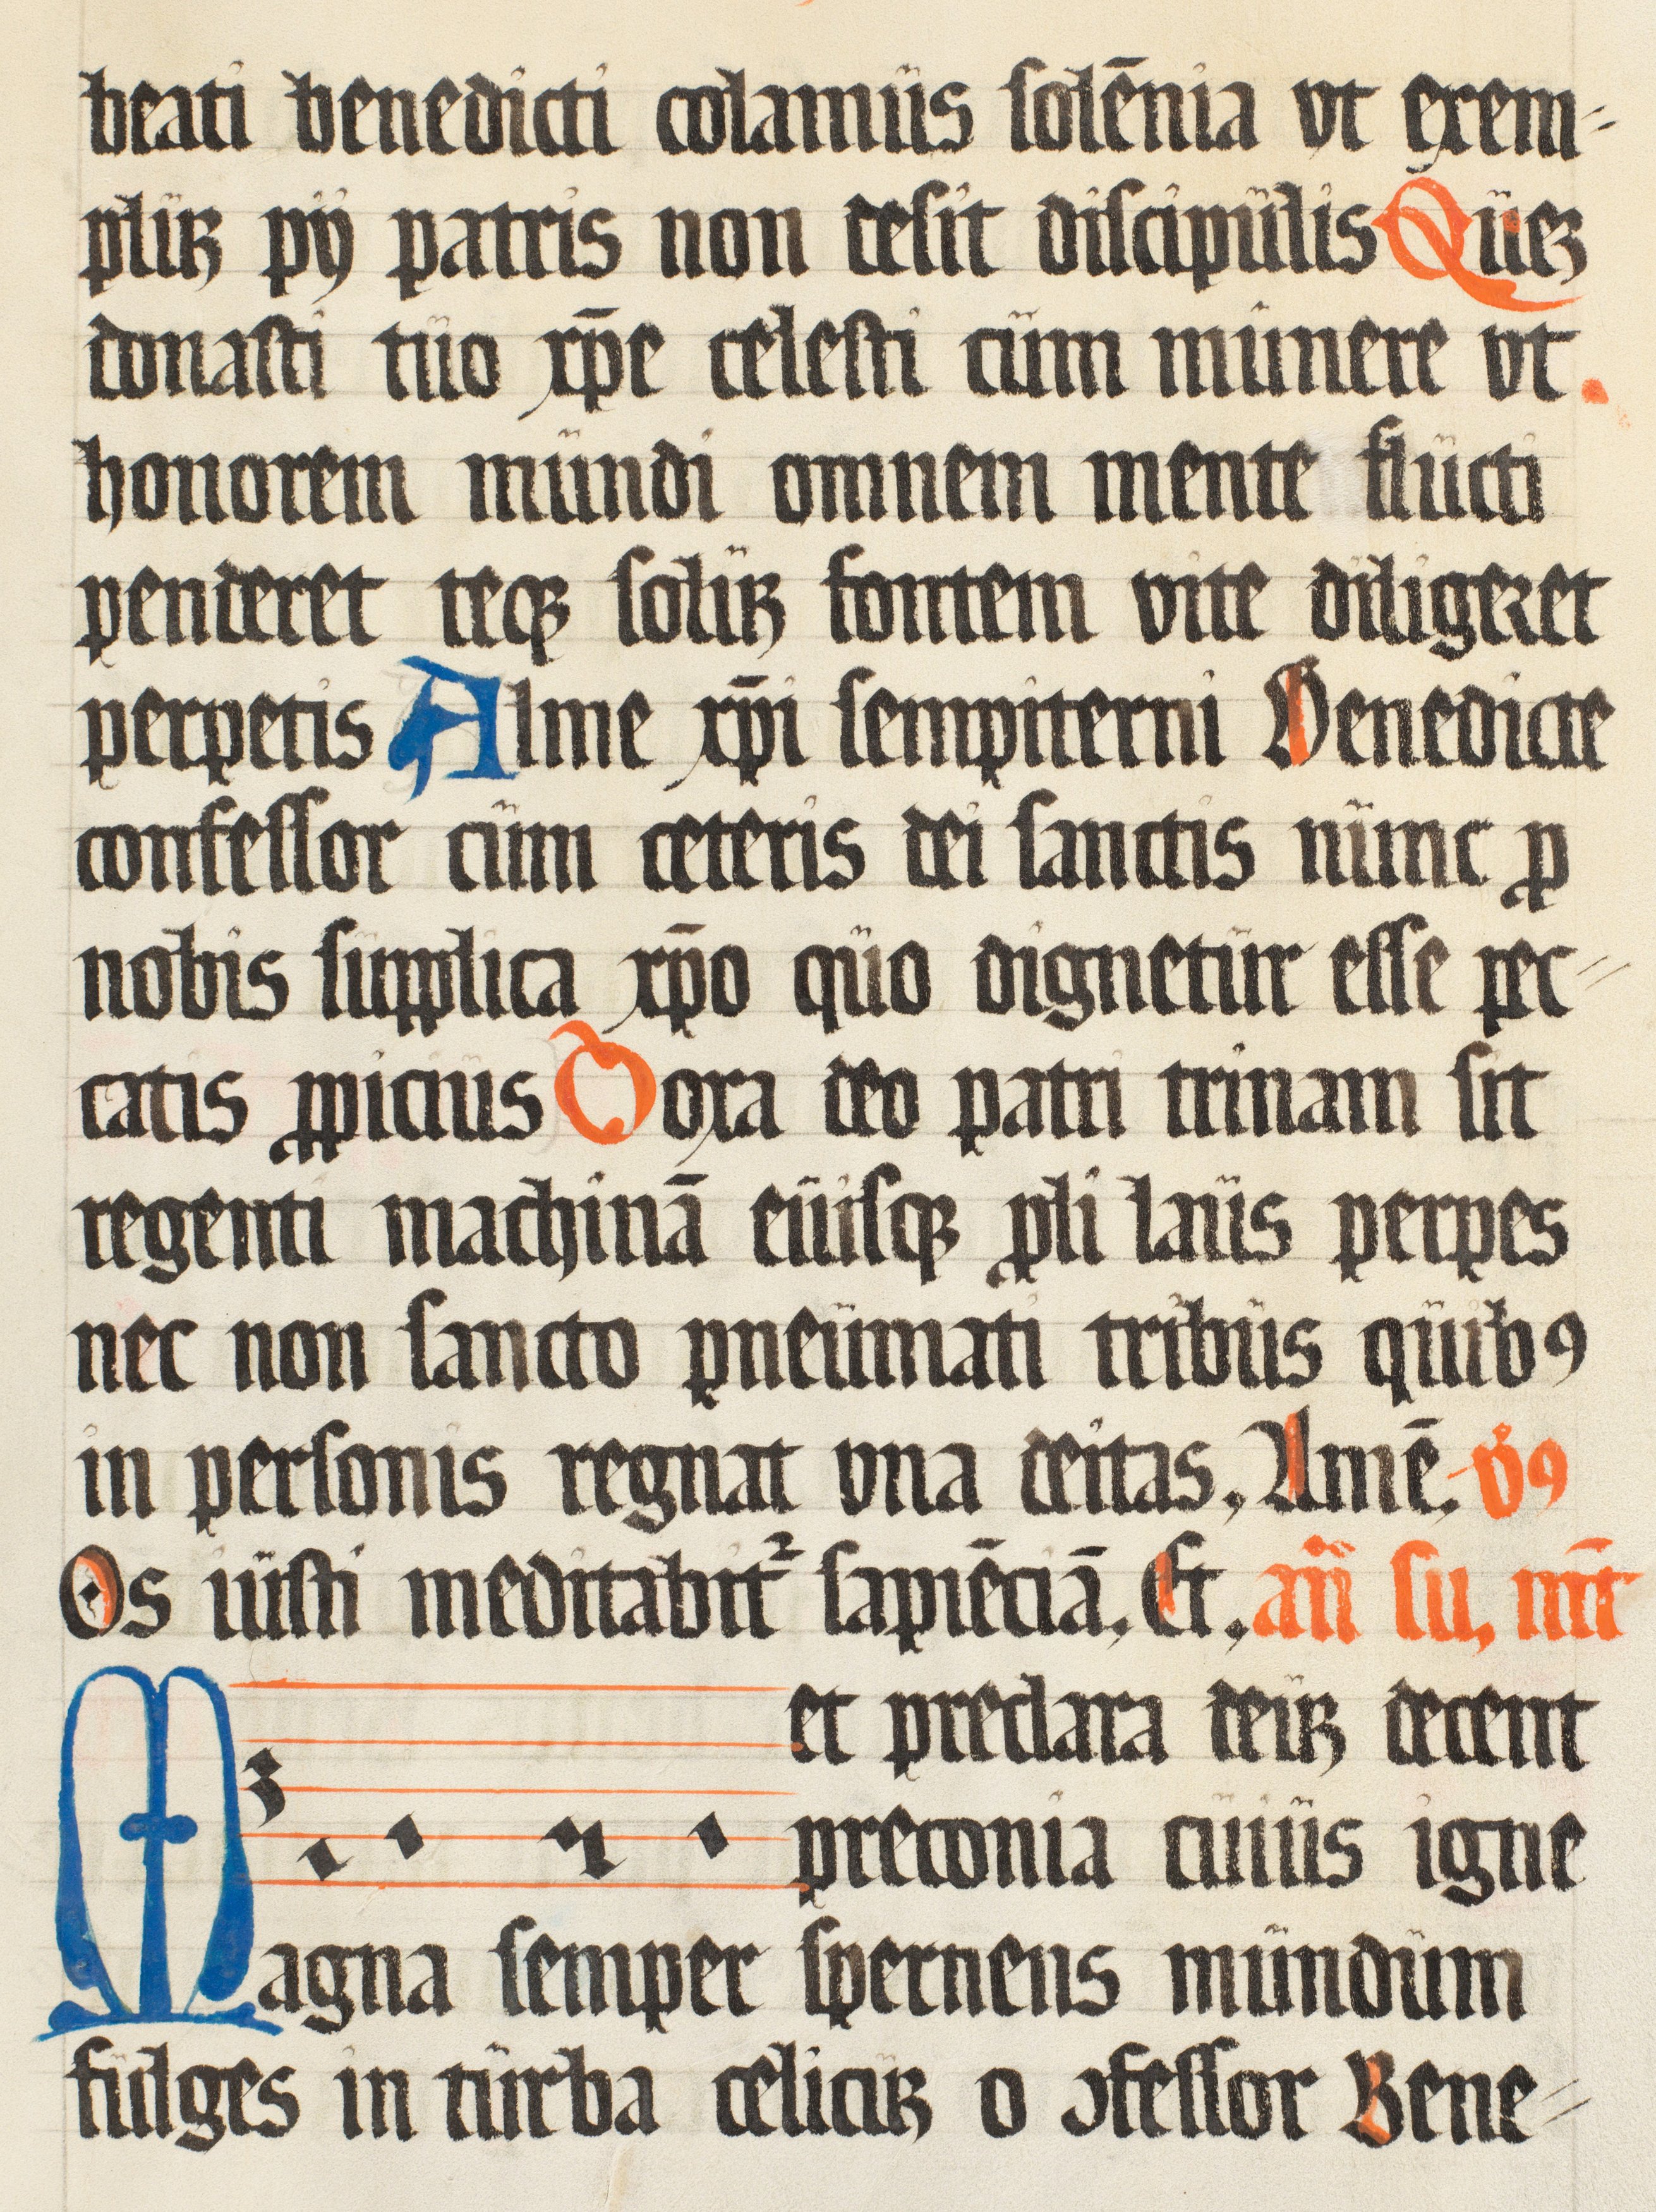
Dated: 1500–1599